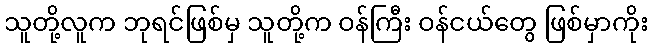
သူတို့လူက ဘုရင်ဖြစ်မှ သူတို့က ဝန်ကြီး ဝန်ငယ်တွေ ဖြစ်မှာကိုး